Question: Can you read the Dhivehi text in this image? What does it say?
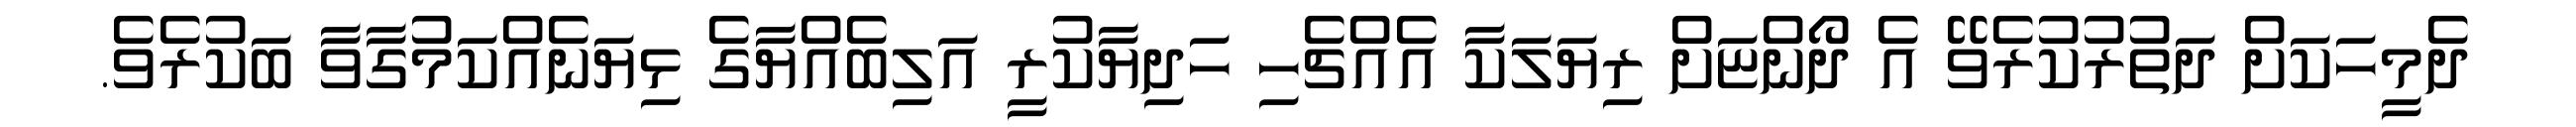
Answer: ދެމީހަކަށް ދަތުރުކުރެވޭ އެ ދޯންޏަށް ރިޔަލަކާ އެއްޗެހި ހަދިޔާކުރީ އަލިބެއްޔާގެ ޅިޔަނެއްކަމުގާވާ ބަކުރެވެ.